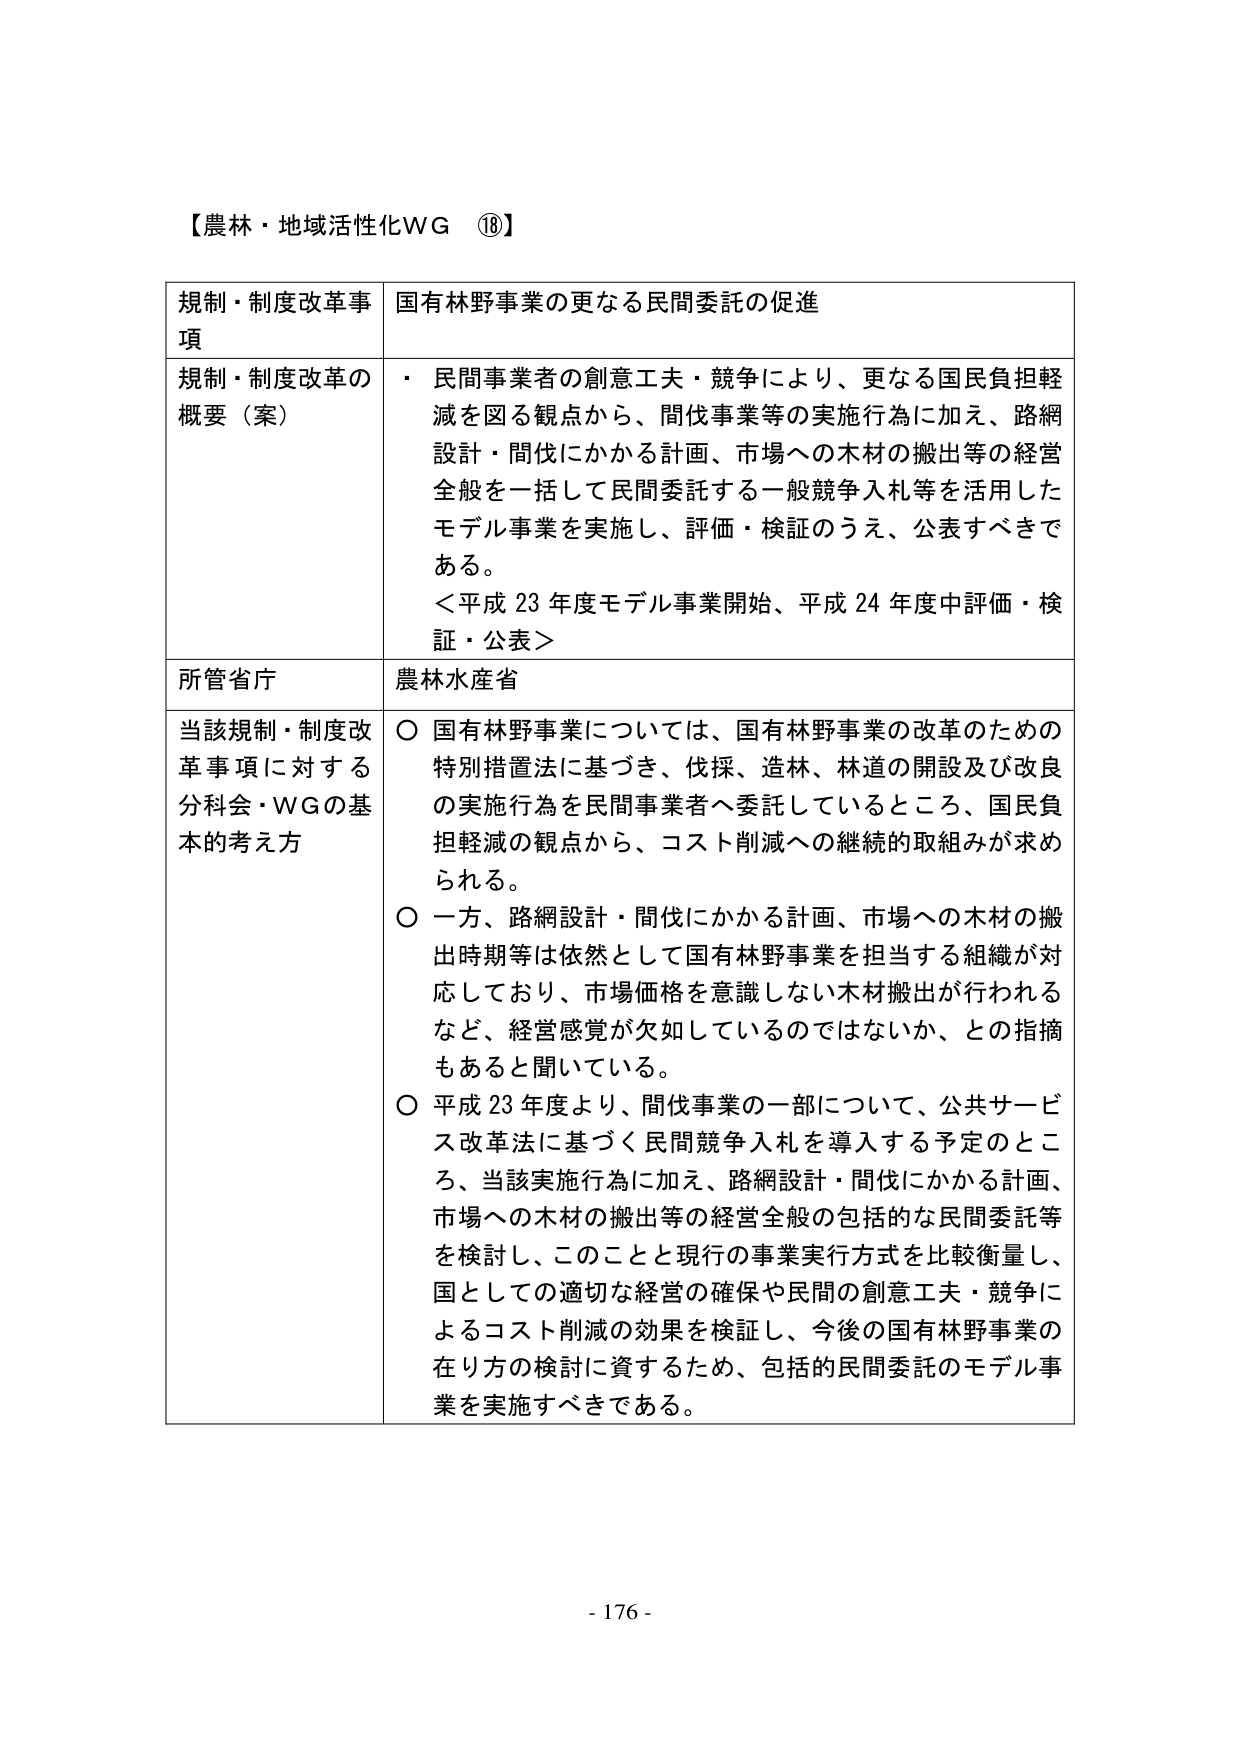
【農林・地域活性化WG ⑱】

規制・制度改革事項　国有林野事業の更なる民間委託の促進

規制・制度改革の概要（案）　・民間事業者の創意工夫・競争により、更なる国民負担軽減を図る観点から、間伐事業等の実施行為に加え、路網設計・間伐にかかる計画、市場への木材の搬出等の経営全般を一括して民間委託する一般競争入札等を活用したモデル事業を実施し、評価・検証のうえ、公表すべきである。
＜平成23年度モデル事業開始、平成24年度中評価・検証・公表＞

所管省庁　農林水産省

当該規制・制度改革事項に対する分科会・WGの基本的考え方　○国有林野事業については、国有林野事業の改革のための特別措置法に基づき、伐採、造林、林道の開設及び改良の実施行為を民間事業者へ委託しているところ、国民負担軽減の観点から、コスト削減への継続的取組みが求められる。
○一方、路網設計・間伐にかかる計画、市場への木材の搬出時期等は依然として国有林野事業を担当する組織が対応しており、市場価格を意識しない木材搬出が行われるなど、経営感覚が欠如しているのではないか、との指摘もあると聞いている。
○平成23年度より、間伐事業の一部について、公共サービス改革法に基づく民間競争入札を導入する予定のところ、当該実施行為に加え、路網設計・間伐にかかる計画、市場への木材の搬出等の経営全般の包括的な民間委託等を検討し、このことと現行の事業実行方式を比較衡量し、国としての適切な経営の確保や民間の創意工夫・競争によるコスト削減の効果を検証し、今後の国有林野事業の在り方の検討に資するため、包括的民間委託のモデル事業を実施すべきである。

- 176 -